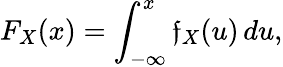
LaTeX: F_{X}(x)=\int_{-\infty}^{x}\mathfrak{f}_{X}(u)\, du,